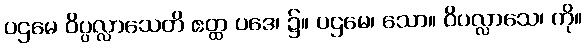
ပဌမေ ဝိပ္ပလ္လာသေတိ ဧတ္ထ ပဒေ၊ ၌။ ပဌမေ၊ သော။ ဝိပလ္လာသေ၊ ကို။